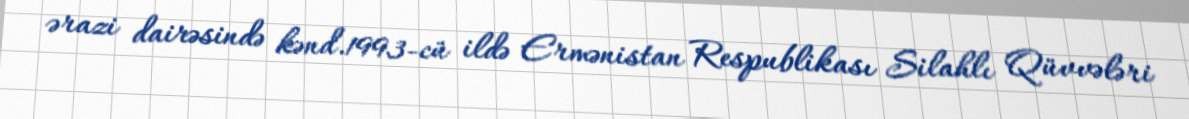
ərazi dairəsində kənd.1993-cü ildə Ermənistan Respublikası Silahlı Qüvvələri